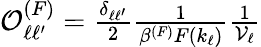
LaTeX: \begin{array}{r}{\mathcal{O}_{\ell\ell^{\prime}}^{(F)}=\frac{\delta_{\ell\ell^{\prime}}}{2}\frac{1}{\beta^{(F)}F(k_{\ell})}\frac{1}{\mathcal{V}_{\ell}}}\end{array}